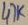
Text: 47K